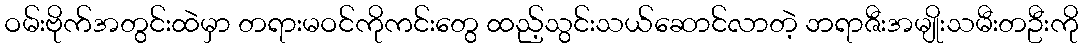
ဝမ်းဗိုက်အတွင်းထဲမှာ တရားမဝင်ကိုကင်းတွေ ထည့်သွင်းသယ်ဆောင်လာတဲ့ ဘရာဇီးအမျိုးသမီးတဦးကို